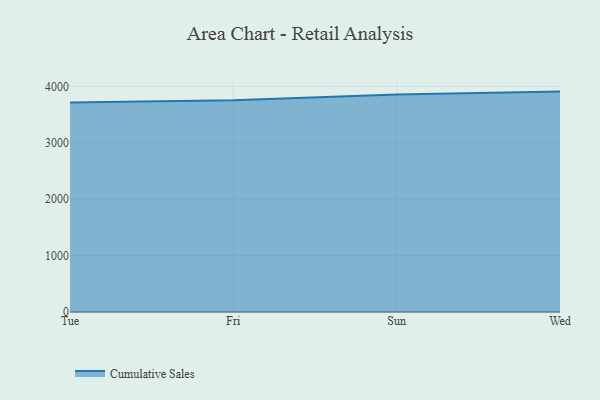
{"axis": {"x": "Day", "y": "Backlog"}, "legend": ["Cumulative Sales"], "data": [{"x": "Tue", "y": 3714.3, "type": "Cumulative Sales"}, {"x": "Fri", "y": 3753.7, "type": "Cumulative Sales"}, {"x": "Sun", "y": 3857.5, "type": "Cumulative Sales"}, {"x": "Wed", "y": 3908.0, "type": "Cumulative Sales"}]}